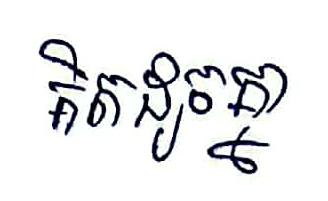
គិតដូចគ្នា